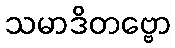
သမာဒိတဗ္ဗော